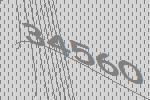
34560